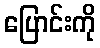
ပြောင်းကို